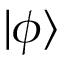
\mathinner { | { \phi } \rangle }